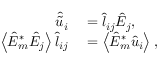
\begin{array} { r l } { \hat { \tilde { u } } _ { i } } & { { } = \hat { l } _ { i j } \hat { E } _ { j } , } \\ { \left\langle { \hat { E } _ { m } ^ { * } \hat { E _ { j } } } \right\rangle \hat { l } _ { i j } } & { { } = \left\langle { \hat { E } _ { m } ^ { * } \hat { u } _ { i } } \right\rangle , } \end{array}